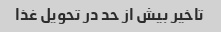
تاخیر بیش از حد در تحویل غذا